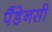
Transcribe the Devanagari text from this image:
पैंडेनसी